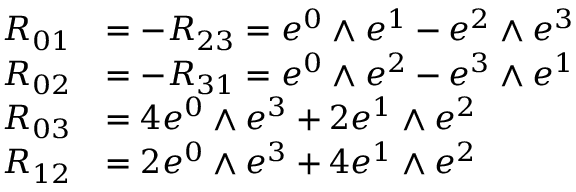
{ \begin{array} { r l } { R _ { 0 1 } } & { = - R _ { 2 3 } = e ^ { 0 } \wedge e ^ { 1 } - e ^ { 2 } \wedge e ^ { 3 } } \\ { R _ { 0 2 } } & { = - R _ { 3 1 } = e ^ { 0 } \wedge e ^ { 2 } - e ^ { 3 } \wedge e ^ { 1 } } \\ { R _ { 0 3 } } & { = 4 e ^ { 0 } \wedge e ^ { 3 } + 2 e ^ { 1 } \wedge e ^ { 2 } } \\ { R _ { 1 2 } } & { = 2 e ^ { 0 } \wedge e ^ { 3 } + 4 e ^ { 1 } \wedge e ^ { 2 } } \end{array} }